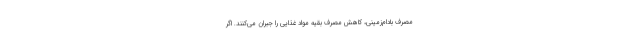
مصرف بادام‌زمینی، کاهش مصرف بقیه مواد غذایی را جبران می‌کنند. اگر